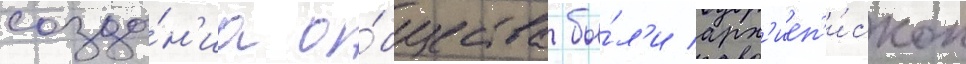
созда́н'иа о́бщества бы́л'и арх'иеп'и́скоп